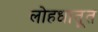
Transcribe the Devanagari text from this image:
लोहधातूत